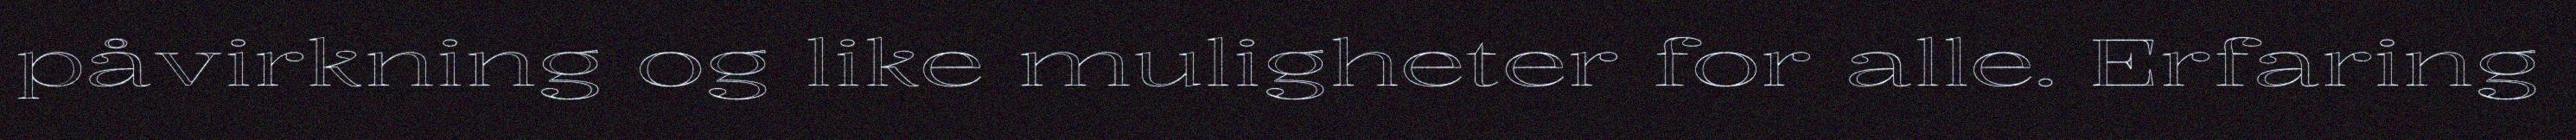
påvirkning og like muligheter for alle. Erfaring